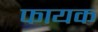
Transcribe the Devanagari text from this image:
फायक